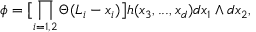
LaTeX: \phi = \bigl [ \prod _ { i = 1 , 2 } \Theta ( L _ { i } - x _ { i } ) \bigr ] h ( x _ { 3 } , . . . , x _ { d } ) d x _ { 1 } \wedge d x _ { 2 } ,